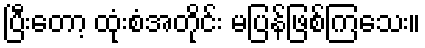
ပြီးတော့ ထုံးစံအတိုင်း မပြန်ဖြစ်ကြသေး။